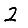
Digit: 2